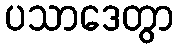
ပသာဒေတွာ